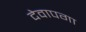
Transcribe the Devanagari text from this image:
देवापगा